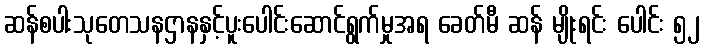
ဆန်စပါးသုတေသနဌာနနှင့်ပူးပေါင်းဆောင်ရွက်မှုအရ ခေတ်မီ ဆန် မျိုးရင်း ပေါင်း ၅၂